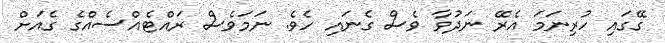
ގޭގައި ހުރިނަމަ އެރޭ ނަދުވާ ވެސް ގެނައި ހެވެ. ނަމަވެސް ރައްޓެއްސެއްގެ ގެއަށް